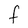
Character: F